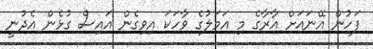
ފަހުން އޭނައަށް އާރާގެ މި އަމަލުގެ ވާހަކަ އިވިގެން އައިސް ގުޅެން އެދުނީ